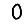
Digit: 0